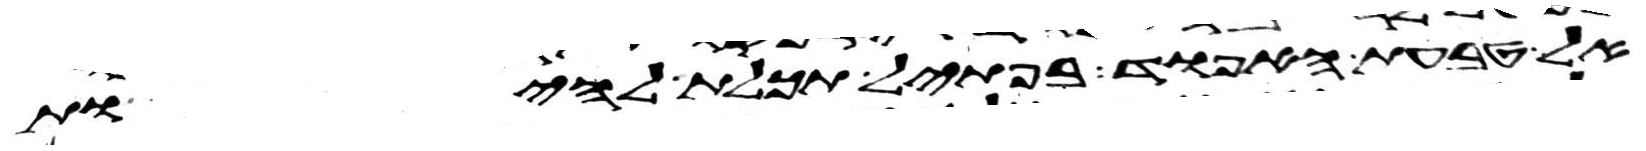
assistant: אל טבעת האפוד בפתיל תכלת להיות